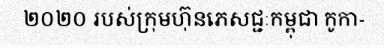
២០២០ របស់ក្រុមហ៊ុនភេសជ្ជៈកម្ពុជា កូកា-